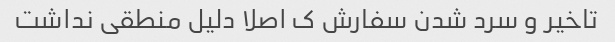
تاخیر و سرد شدن سفارش ک اصلا دلیل منطقی نداشت